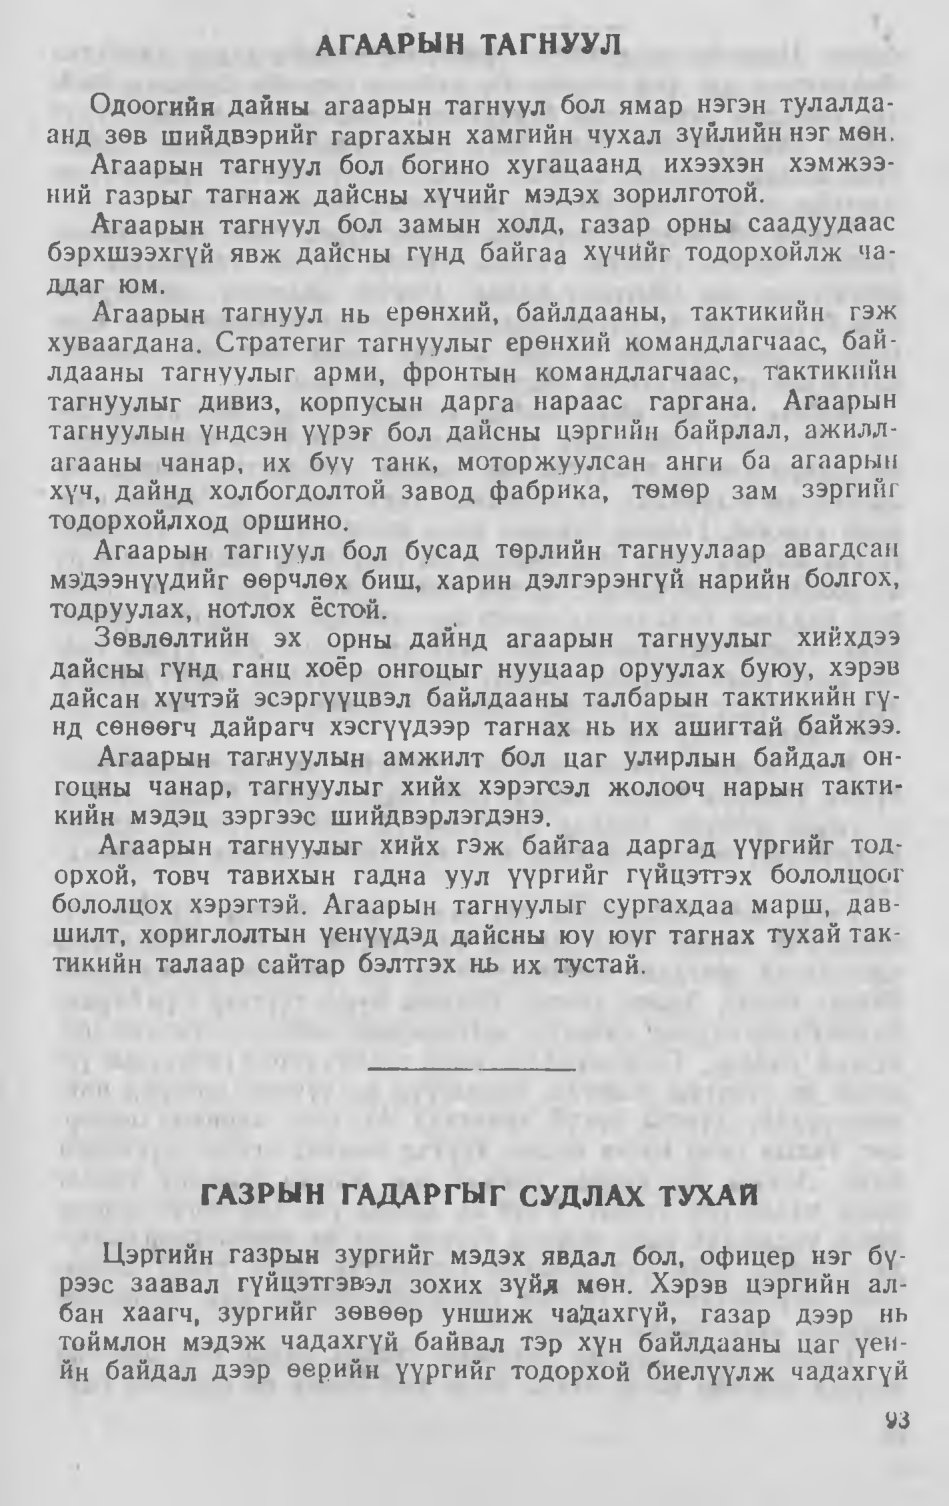
Language: mn